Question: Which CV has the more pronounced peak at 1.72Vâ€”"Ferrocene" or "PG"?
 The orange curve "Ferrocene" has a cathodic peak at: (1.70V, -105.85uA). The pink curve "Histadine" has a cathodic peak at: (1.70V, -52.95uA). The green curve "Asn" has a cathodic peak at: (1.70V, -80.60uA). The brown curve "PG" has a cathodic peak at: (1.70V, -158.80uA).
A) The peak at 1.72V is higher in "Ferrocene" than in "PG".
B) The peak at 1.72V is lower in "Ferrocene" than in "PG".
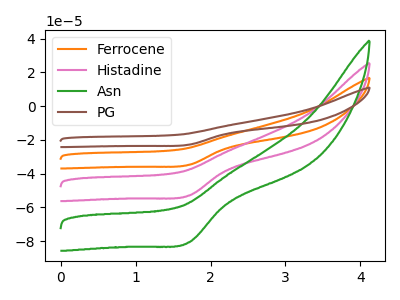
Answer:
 <answer>B) The peak at 1.72V is lower in "Ferrocene" than in "PG".</answer>
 <eval>B</eval>